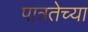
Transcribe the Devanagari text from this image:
पात्रतेच्या